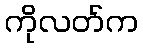
ကိုလတ်က